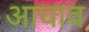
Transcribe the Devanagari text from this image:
आघाव